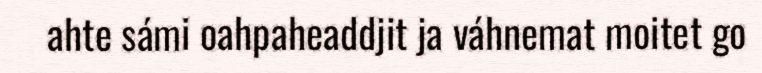
ahte sámi oahpaheaddjit ja váhnemat moitet go